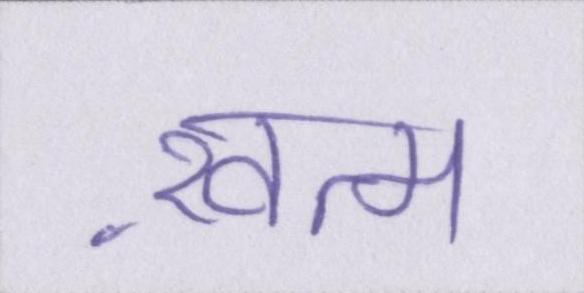
ख़त्म